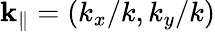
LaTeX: \mathbf{k}_{\| }=\left(k_{x}/k,k_{y}/k\right)